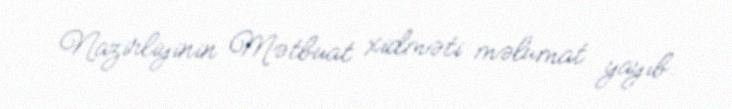
Nazirliyinin Mətbuat xidməti məlumat yayıb.